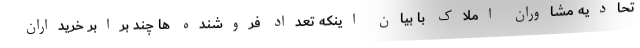
تحادیه مشاوران املاک با بیان اینکه تعداد فروشنده ها چند برابر خریداران